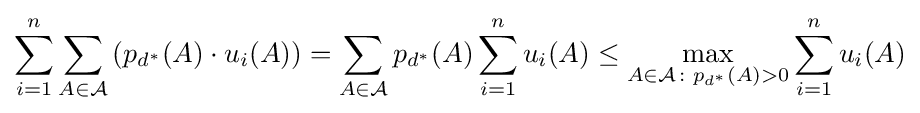
\sum _{i=1}^{n}\sum _{A\in {\mathcal {A}}}\left(p_{d^{*}}(A)\cdot u_{i}(A)\right)=\sum _{A\in {\mathcal {A}}}p_{d^{*}}(A)\sum _{i=1}^{n}u_{i}(A)\leq \max _{A\in {\mathcal {A}}\colon p_{d^{*}}(A)>0}\sum _{i=1}^{n}u_{i}(A)